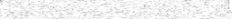
٢٥